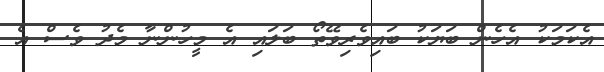
އެކަމަކު އެހެން ބަޔަކު ބައިވެރިވޭތޯ ބަލައި އެ މީހުންނާ މެދު ވެސް އެ